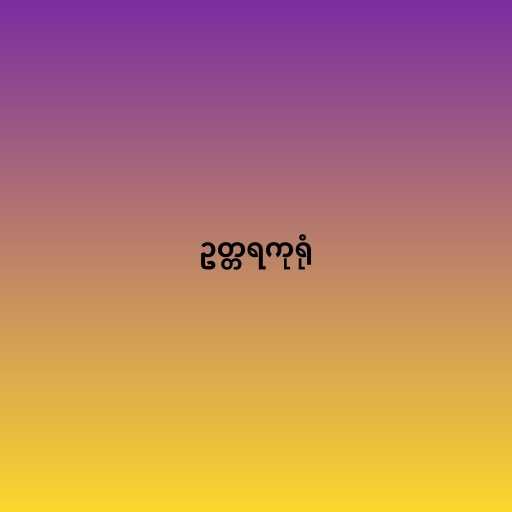
ဥတ္တရကုရုံ